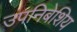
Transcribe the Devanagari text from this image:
उपनिबेशिय